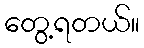
တွေ့ရတယ်။